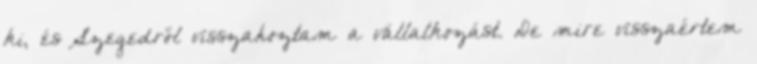
ki, és Szegedről visszahoztam a vállalkozást. De mire visszaértem